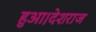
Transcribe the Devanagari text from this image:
हुआ।देशराज